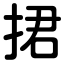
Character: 捃